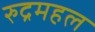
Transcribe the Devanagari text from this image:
रुद्रमहल